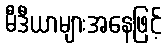
မီဒီယာများအနေဖြင့်